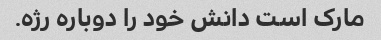
مارک است دانش خود را دوباره رژه.